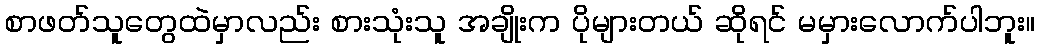
စာဖတ်သူတွေထဲမှာလည်း စားသုံးသူ အချိုးက ပိုများတယ် ဆိုရင် မမှားလောက်ပါဘူး။